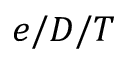
e / D / T